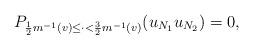
LaTeX: \begin{align*}P_{\frac12 m^{-1}(v)\leq \cdot < \frac32 m^{-1}(v)}(u_{N_1}u_{N_2}) = 0,\end{align*}